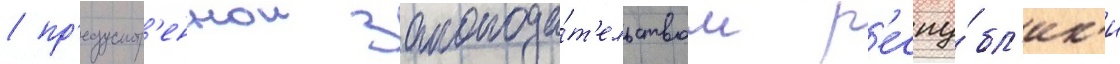
/ пр'едусмотр'еннои законода́т'ельством р'еспу́бл'ик'и